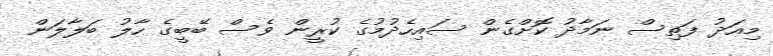
މިއަދު ފަތިސް ނަމާދު ކޮށްގެން ސައިހެދުމުގެ ކުރީން ވެސް ބޭބީގެ ހާލު ބަލާލަން